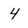
Character: 4